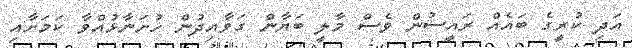
އަދި ކުރީގެ ބައެއް ރައީސުން ވެސް މާލީ ބަޔާން ގަވާއިދުން ހުށަނާޅުއްވާ ކަމަށާއި